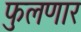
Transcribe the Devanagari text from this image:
फुलणार